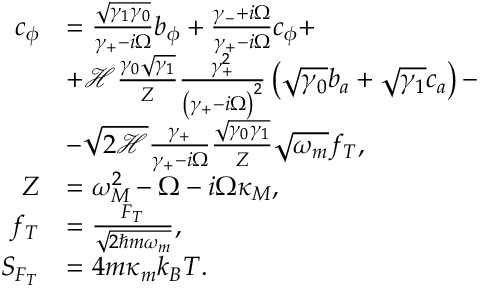
\begin{array} { r l } { c _ { \phi } } & { = \frac { \sqrt { \gamma _ { 1 } \gamma _ { 0 } } } { \gamma _ { + } - i \Omega } b _ { \phi } + \frac { \gamma _ { - } + i \Omega } { \gamma _ { + } - i \Omega } c _ { \phi } + } \\ & { + \mathcal { H } \frac { \gamma _ { 0 } \sqrt { \gamma _ { 1 } } } { Z } \frac { \gamma _ { + } ^ { 2 } } { \left( \gamma _ { + } - i \Omega \right) ^ { 2 } } \left( \sqrt { \gamma _ { 0 } } b _ { a } + \sqrt { \gamma _ { 1 } } c _ { a } \right) - } \\ & { - \sqrt { 2 \mathcal { H } } \frac { \gamma _ { + } } { \gamma _ { + } - i \Omega } \frac { \sqrt { \gamma _ { 0 } \gamma _ { 1 } } } { Z } \sqrt { \omega _ { m } } f _ { T } , } \\ { Z } & { = \omega _ { M } ^ { 2 } - \Omega - i \Omega \kappa _ { M } , } \\ { f _ { T } } & { = \frac { F _ { T } } { \sqrt { 2 \hbar m \omega _ { m } } } , } \\ { S _ { F _ { T } } } & { = 4 m \kappa _ { m } k _ { B } T . } \end{array}